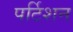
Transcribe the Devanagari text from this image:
पर्टिशन